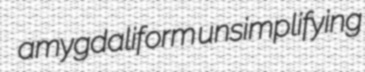
amygdaliform unsimplifying